Report on sanitation, dispensaries, and jails in Rajputana for 1915, and on vaccination for the year 1915-1916 - 1915-1916
Year: 1915
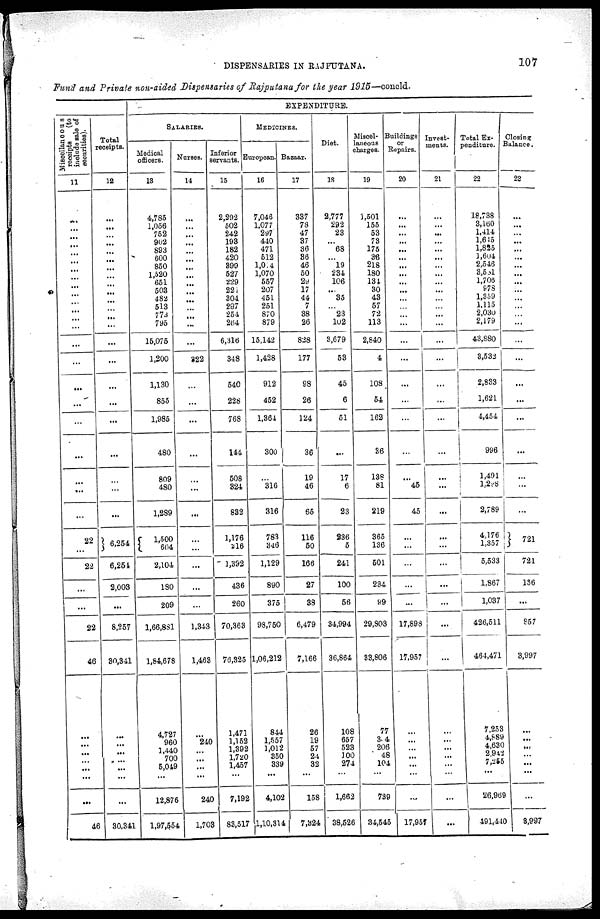
DISPENSARIES IN RAJPUTANA.
107
Fund and Private non-aided Dispensaries of Rajputana for the year 1915—concld.
Miscellaneous
receipts
(to
include sale of
securities).
11
...
...
...
...
...
...
...
...
...
...
...
...
...
...
...
...
...
...
...
...
...
...
22
22
...
...
22
46
...
...
...
...
...
...
...
46
Total
receipts.
12
...
...
...
...
...
...
...
...
...
...
...
...
...
...
...
...
...
...
...
...
...
...
...
6,254
6,254
2,003
...
8,257
30,341
...
...
...
...
...
...
...
30,341
EXPENDITURE.
SALARIES.
Medical
officers.
13
4,785
1,056
752
902
893
600
850
1,520
651
503
482
513
773
795
15,075
1,200
1,130
855
1,985
480
809
480
1,289
1,500
604
2,104
180
209
1,66,881
1,84,678
4,727
960
1,440
700
5,049
...
12,876
1,97,554
Nurses.
14
...
...
...
...
...
...
...
...
...
...
...
...
...
...
...
322
...
...
...
...
...
...
...
...
...
...
...
...
1,343
1,463
...
240
...
...
...
...
240
1,703
Inferior
servants.
15
2,292
502
242
193
182
420
399
527
229
221
304
287
254
264
6,316
348
540
228
768
144
508
324
832
1,176
216
1,392
436
260
70,363
76,325
1,471
1,152
1,392
1,720
1,457
...
7,192
83,517
MEDICINES.
European.
16
7,046
1,077
297
440
471
512
1,014
1,070
557
207
451
251
870
879
15,142
1,428
912
452
1,364
300
...
316
316
783
346
1,129
890
375
98,750
1,06,212
844
1,557
1,012
350
339
...
4,102
1,10,314
Bazaar.
17
337
78
47
37
36
36
46
50
29
17
44
7
38
26
828
177
98
26
124
36
19
46
65
116
50
166
27
38
6,479
7,166
26
19
57
24
32
...
158
7,324
Diet.
18
2,777
292
23
...
68
...
19
234
106
...
35
...
23
102
3,679
53
45
6
51
...
17
6
23
236
5
241
100
56
34,994
36,864
108
657
523
100
274
...
1,662
38,526
Miscel-
laneous
charges.
19
1, 501
155
53
73
175
36
218
180
134
30
43
57
72
113
2,840
4
108
54
162
36
138
81
219
365
136
501
234
99
29,803
33,806
77
304
206
48
104
...
739
34,545
Buildings
or
Repairs.
20
...
...
...
...
...
...
...
...
...
...
...
...
...
...
...
...
...
...
...
...
...
45
45
...
...
...
...
...
17,898
17,957
...
...
...
...
...
...
...
17,957
Invest-
ments.
21
...
...
...
...
...
...
...
...
...
...
...
...
...
...
...
...
...
...
...
...
...
...
...
...
...
...
...
...
...
...
...
...
...
...
...
...
...
...
Total Ex-
penditure.
22
18,738
3,160
1,414
1,645
1,825
1,604
2,546
3,581
1,706
978
1,359
1,115
2,030
2,179
43,880
3,532
2,833
1,621
4,454
996
1,491
l,238
2,789
4,176
1,357
5,533
1,867
1,037
426,511
464,471
7,253
4,889
4,630
2,942
7,255
...
26,969
491,440
Closing
Balance.
23
...
...
...
...
...
...
...
...
...
...
...
...
...
...
...
...
...
...
...
...
...
...
...
721
721
136
...
857
3,997
...
...
...
...
...
...
...
3,997